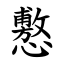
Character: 懯